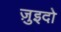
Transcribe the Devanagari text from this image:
ज़ुइदो